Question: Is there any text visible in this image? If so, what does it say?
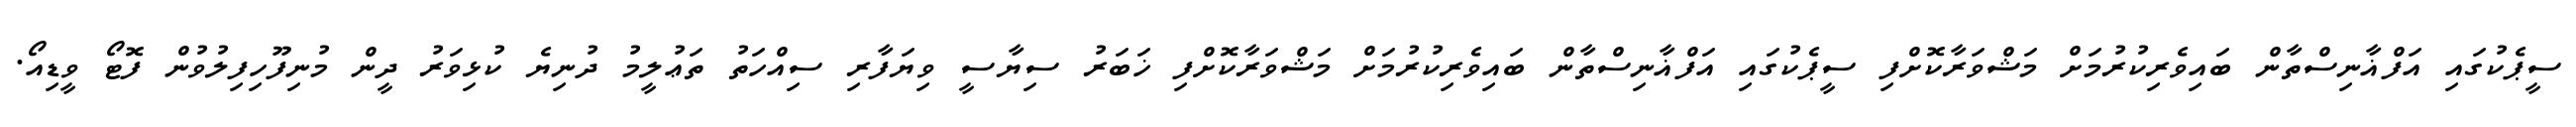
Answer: ސީޕެކުގައި އަފްޣާނިސްތާން ބައިވެރިކުރުމަށް މަޝްވަރާކޮށްފި ސީޕެކުގައި އަފްޣާނިސްތާން ބައިވެރިކުރުމަށް މަޝްވަރާކޮށްފި ޚަބަރު ސިޔާސީ ވިޔަފާރި ސިއްހަތު ތަޢުލީމު ދުނިޔެ ކުޅިވަރު ދީން މުނިފޫހިފިލުވުން ފޮޓޯ ވީޑިއޯ.